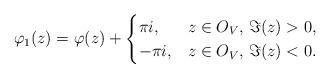
LaTeX: \begin{align*} \varphi_{1}(z) = \varphi(z) + \begin{cases} \pi i, & z \in O_V, \, \Im(z)>0, \\-\pi i, & z \in O_V, \, \Im(z)<0. \end{cases}\end{align*}